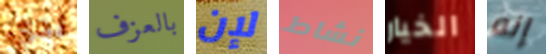
لدي بالعزف لإن نشاط الخيار إنه